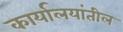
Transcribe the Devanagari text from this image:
कार्यालयांतील